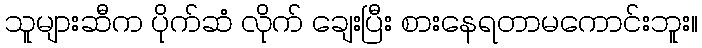
သူများဆီက ပိုက်ဆံ လိုက် ချေးပြီး စားနေရတာမကောင်းဘူး။